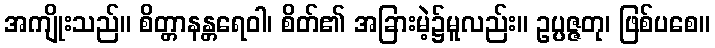
အကျိုးသည်။ စိတ္တာနန္တရေဝါ၊ စိတ်၏ အခြားမဲ့၌မူလည်း။ ဥပ္ပဇ္ဇတု၊ ဖြစ်ပစေ။